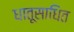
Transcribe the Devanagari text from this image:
धातूसाधित